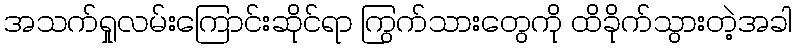
အသက်ရှုလမ်းကြောင်းဆိုင်ရာ ကြွက်သားတွေကို ထိခိုက်သွားတဲ့အခါ